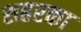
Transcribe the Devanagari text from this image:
शहरका